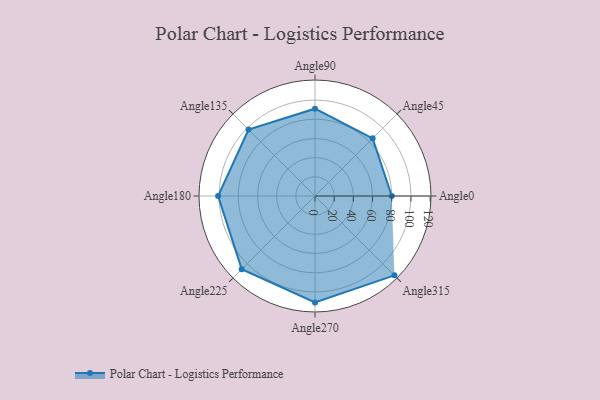
{"axis": {"x": "Angle", "y": "Radius"}, "legend": [""], "data": [{"x": "Angle0", "y": 80.0, "type": ""}, {"x": "Angle45", "y": 85.0, "type": ""}, {"x": "Angle90", "y": 91.0, "type": ""}, {"x": "Angle135", "y": 98.0, "type": ""}, {"x": "Angle180", "y": 101.0, "type": ""}, {"x": "Angle225", "y": 108.0, "type": ""}, {"x": "Angle270", "y": 111.0, "type": ""}, {"x": "Angle315", "y": 117.0, "type": ""}]}